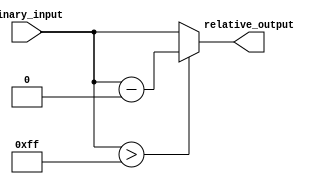
module RelativeEncoder #(parameter N = 8, M = 8) (
    input  wire [N-1:0] binary_input,  // N-bit binary input
    output wire [M-1:0] relative_output // M-bit relative output
);
    
    // Define maximum value based on N bits
    localparam MAX_POSITION = (1 << N) - 1;

    // Calculate relative position
    wire [N-1:0] relative_position;

    // Subtract the reference point (0 in this case)
    assign relative_position = binary_input; // As reference is 0, relative position = binary input

    // Handle wrap-around: if the position exceeds MAX_POSITION, wrap it around
    assign relative_output = (relative_position > MAX_POSITION) ? 
                             relative_position - (MAX_POSITION + 1) : 
                             relative_position[M-1:0]; // Only output M bits

endmodule